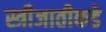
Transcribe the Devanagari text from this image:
स्त्रीजातीकडे